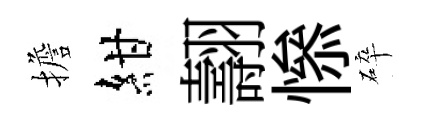
擔紺翿𢡖碎